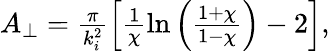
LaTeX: \begin{array}{r}{A_{\perp}=\frac{\pi}{k_{i}^{2}}\Big[\frac{1}{\chi}\ln\Big(\frac{1+\chi}{1-\chi}\Big)-2\Big],}\end{array}